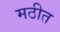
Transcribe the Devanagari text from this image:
मठीत